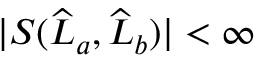
| S ( \widehat { L } _ { a } , \widehat { L } _ { b } ) | < \infty